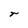
Character: r